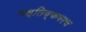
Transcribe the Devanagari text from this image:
मस्तिष्कवरण